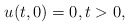
\begin{align*}u(t,0)=0, t>0,\end{align*}